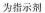
为指示剂